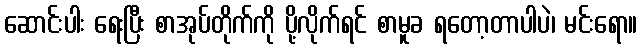
ဆောင်းပါး ရေးပြီး စာအုပ်တိုက်ကို ပို့လိုက်ရင် စာမူခ ရတော့တာပါပဲ၊ မင်းရော။